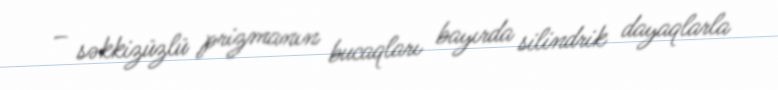
– səkkizüzlü prizmanın bucaqları bayırda silindrik dayaqlarla